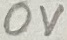
Text: 0V